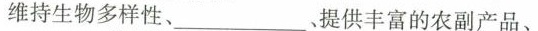
维持生物多样性、___提供丰富的农副产品、